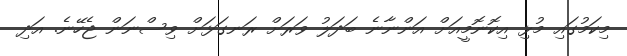
މިކަމުގައި މުޅި އިކޮނޮމީއަށް އަންނާނެ ބަދަލު ވަރަށް ރަނގަޅަށް ވިސްނަން ޖެހޭނެ. އަދި